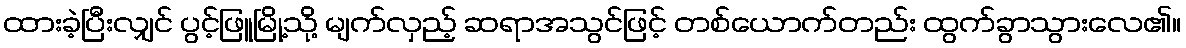
ထားခဲ့ပြီးလျှင် ပွင့်ဖြူမြို့သို့ မျက်လှည့် ဆရာအသွင်ဖြင့် တစ်ယောက်တည်း ထွက်ခွာသွားလေ၏။